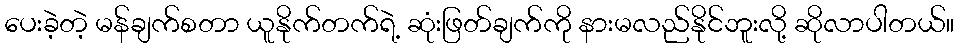
ပေးခဲ့တဲ့ မန်ချက်စတာ ယူနိုက်တက်ရဲ့ ဆုံးဖြတ်ချက်ကို နားမလည်နိုင်ဘူးလို့ ဆိုလာပါတယ်။